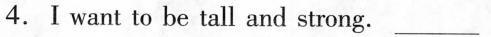
4.Ⅰwant to be tall and strong. ___